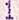
1